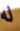
له